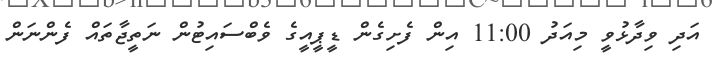
އަދި ވިދާޅުވީ މިއަދު 11:00 އިން ފެށިގެން ޑީޕީއީގެ ވެބްސައިޓުން ނަތީޖާތައް ފެންނަން